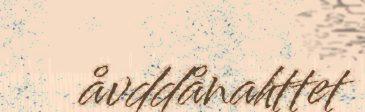
åvddånahttet